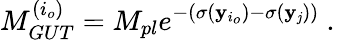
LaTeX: M_{GUT}^{(i_{o})}=M_{pl}e^{-(\sigma(\mathbf{y}_{i_{o}})-\sigma(\mathbf{y}_{\mathit{j}}))}~.~\,